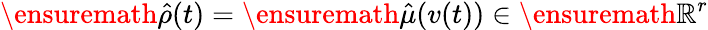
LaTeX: \ensuremath{\hat{\rho}}(t)=\ensuremath{\hat{\mu}}(v(t))\in\ensuremath{\mathbb{R}}^{r}